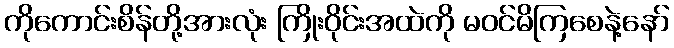
ကိုကောင်းစိန်တို့အားလုံး ကြိုးဝိုင်းအထဲကို မဝင်မိကြစေနဲ့နော်